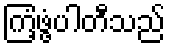
ကြံ့ဖွံ့ပါတီသည်